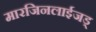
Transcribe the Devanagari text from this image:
मारजिनलाईजड्